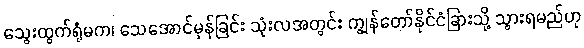
သွေးထွက်ရုံမက၊ သေအောင်မှန်ခြင်း သုံးလအတွင်း ကျွန်တော်နိုင်ငံခြားသို့ သွားရမည်ဟု